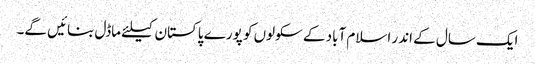
ایک سال کے اندر اسلام آباد کے سکولوں کو پورے پاکستان کیلئے ماڈل بنائیں گے۔